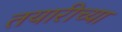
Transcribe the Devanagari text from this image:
तयारीच्या